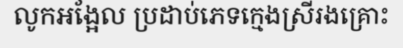
លូកអង្អែល ប្រដាប់ភេទក្មេងស្រីរងគ្រោះ